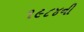
૧૯૮૪ની